Lunatic asylums Punjab 1895-1910 - 1895-1910
Year: 1895
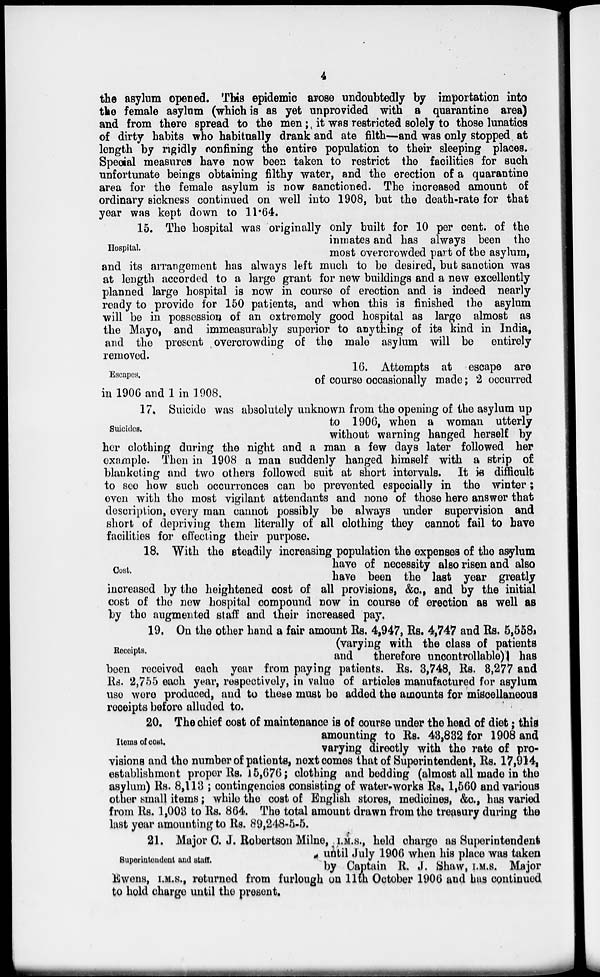
4
the asylum opened. This epidemic arose undoubtedly by importation into
the female asylum (which is as yet unprovided with a quarantine area)
and from there spread to the men; it was restricted solely to those lunatics
of dirty habits who habitually drank and ate filth—and was only stopped at
length by rigidly confining the entire population to their sleeping places.
Special measures have now been taken to restrict the facilities for such
unfortunate beings obtaining filthy water, and the erection of a quarantine
area for the female asylum is now sanctioned. The increased amount of
ordinary sickness continued on well into 1908, but the death-rate for that
year was kept down to 11.64.
Hospital.
15. The hospital was originally only built for 10 per cent. of the
inmates and has always been the
most overcrowded part of the asylum,
and its arrangement has always left much to be desired, but sanction was
at length accorded to a large grant for new buildings and a new excellently
planned large hospital is now in course of erection and is indeed nearly
ready to provide for 150 patients, and when this is finished the asylum
will be in possession of an extremely good hospital as large almost as
the Mayo, and immeasurably superior to anything of its kind in India,
and the present overcrowding of the male asylum will be entirely
removed.
Escapes.
16. Attempts at escape are
of course occasionally made ; 2 occurred
in 1906 and 1 in 1908,
Suicides.
17. Suicide was absolutely unknown from the opening of the asylum up
to 1906, when a woman utterly
without warning hanged herself by
her clothing during the night and a man a few days later followed her
example. Then in 1908 a man suddenly hanged himself with a strip of
blanketing and two others followed suit at short intervals. It is difficult
to see how such occurrences can be prevented especially in the winter ;
even with the most vigilant attendants and none of those here answer that
description, every man cannot possibly be always under supervision and
short of depriving them literally of all clothing they cannot fail to have
facilities for effecting their purpose.
Cost.
18. With the steadily increasing population the expenses of the asylum
have of necessity also risen and also
have been the last year greatly
increased by the heightened cost of all provisions, &c., and by the initial
cost of the new hospital compound now in course of erection as well as
by the augmented staff and their increased pay.
Receipts.
19. On the other hand a fair amount Rs. 4,947, Rs. 4,747 and Rs. 5,558,
(varying with the class of patients
and
therefore uncontrollable) has
been received each year from paying patients. Rs. 3,748, Rs. 3,277 and
Rs. 2,755 each year, respectively, in value of articles manufactured for asylum
use were produced, and to these must be added the amounts for miscellaneous
receipts before alluded to.
Items of cost.
20. The chief cost of maintenance is of course under the head of diet; this
amounting to Rs. 43,832 for 1908 and
varying directly with the rate of pro-
visions and the number of patients, next comes that of Superintendent, Rs. 17,914,
establishment proper Rs. 15,676; clothing and bedding (almost all made in the
asylum) Rs. 8,113 ; contingencies consisting of water-works Rs. 1,560 and various
other small Items ; while the cost of English stores, medicines, &c., has varied
from Rs. 1,003 to Rs. 864. The total amount drawn from the treasury during the
last year amounting to Rs. 89,248-5-5.
Superintendent and staff.
21. Major C. J. Robertson Milne,I.M.S., held charge as Superintendent
until July 1906 when his place was taken
by Captain R. J. Shaw, I.M.S. Major
Ewens , I.M.S., returned from furlough on 11th October 1906 and has continued
to hold charge until the present.